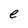
Character: e